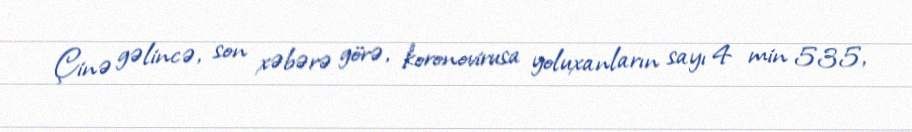
Çinə gəlincə, son xəbərə görə, koronovirusa yoluxanların sayı 4 min 535,